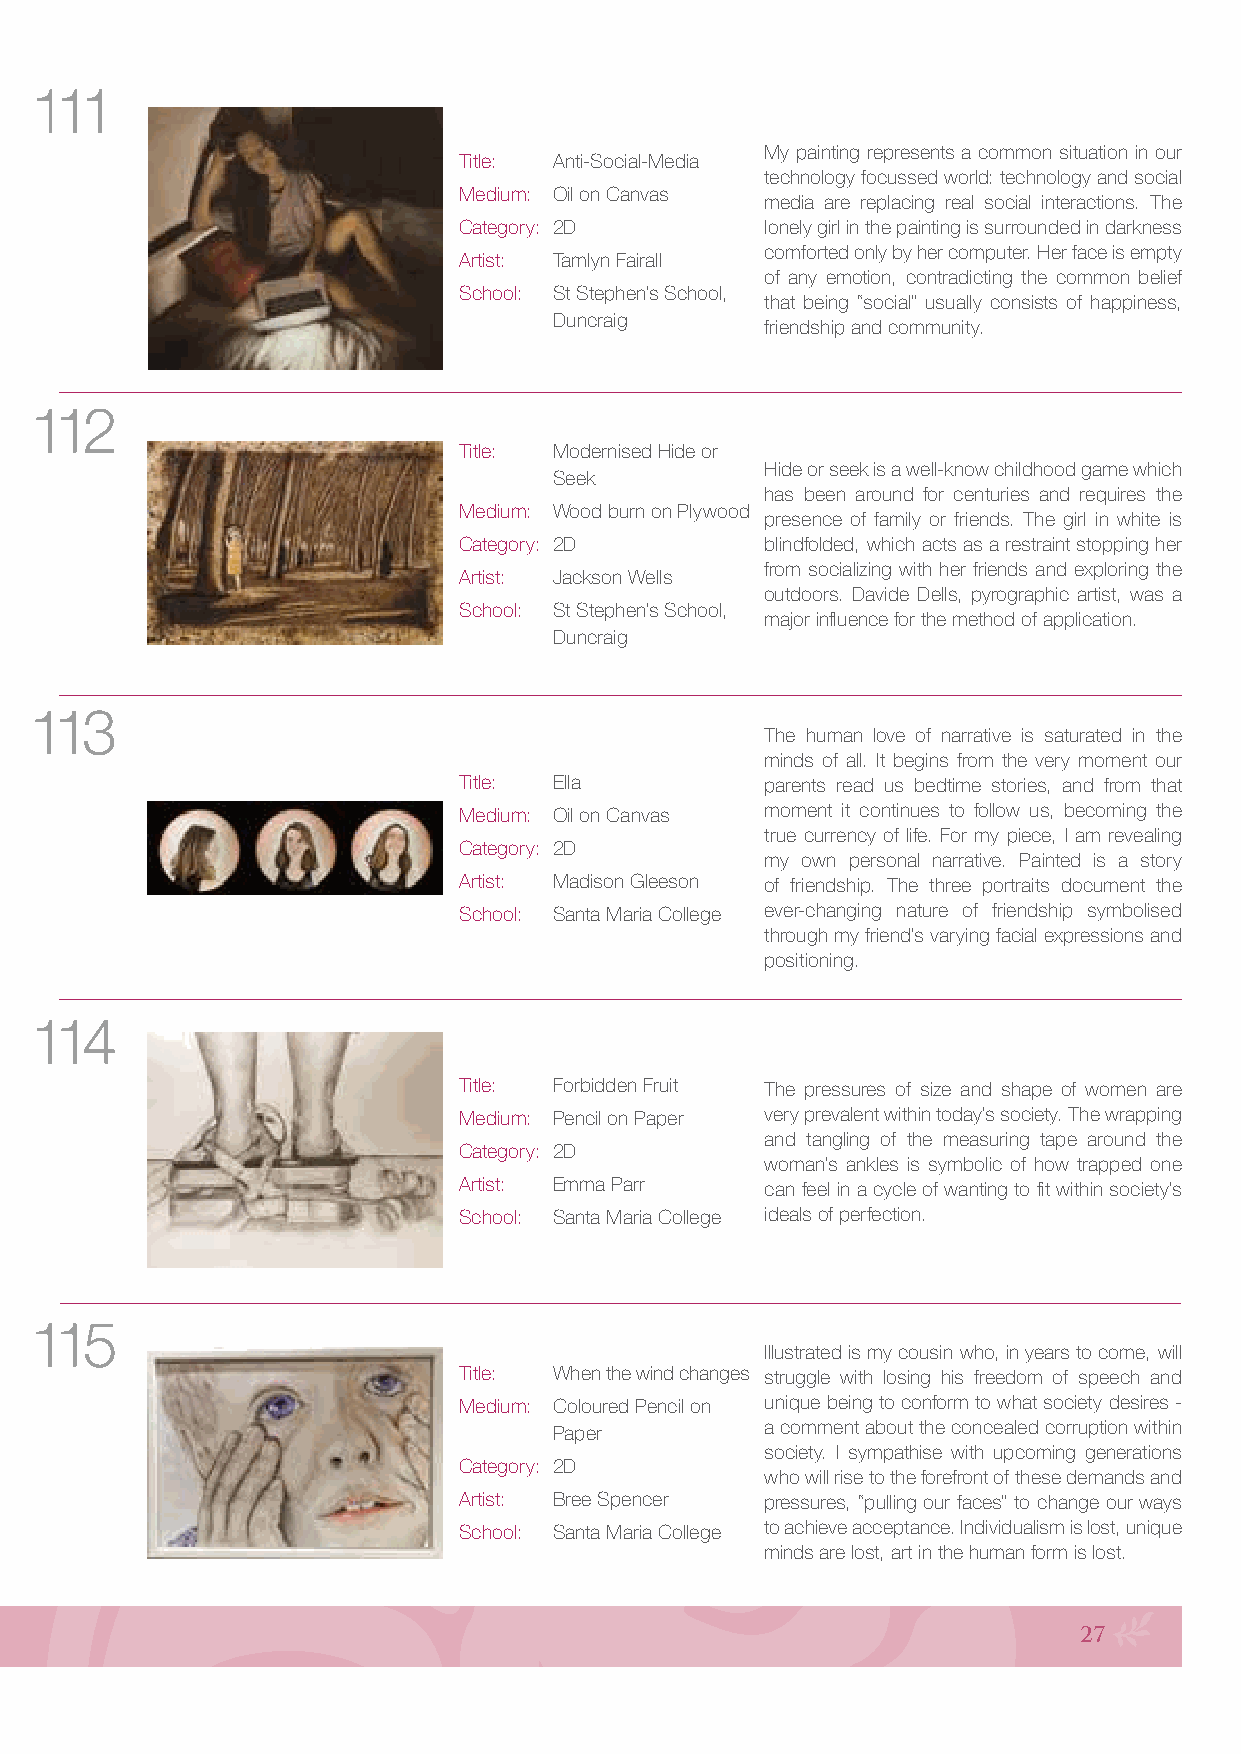
111
 My painting represents a common situation in our
 Title: Anti-Social-Media
 technology focussed world: technology and social
 Medium: Oil on Canvas
 media are replacing real social interactions. The
 Category: 2D         lonely girl in the painting is surrounded in darkness
 comforted only by her computer. Her face is empty
 Artist: Tamlyn Fairall
 of any emotion, contradicting the common belief
 School: St Stephen’s School,
 that being “social” usually consists of happiness,
 Duncraig
 friendship and community.
 112
 Title: Modernised Hide or
 Hide or seek is a well-know childhood game which
 Seek
 has been around for centuries and requires the
 Medium: Wood burn on Plywood
 presence of family or friends. The girl in white is
 Category: 2D         blindfolded, which acts as a restraint stopping her
 from socializing with her friends and exploring the
 Artist: Jackson Wells
 outdoors. Davide Dells, pyrographic artist, was a
 School: St Stephen’s School,
 major influence for the method of application.
 Duncraig
 113
 The human love of narrative is saturated in the
 minds of all. It begins from the very moment our
 Title: Ella          parents read us bedtime stories, and from that
 Medium: Oil on Canvas moment it continues to follow us, becoming the
 true currency of life. For my piece, I am revealing
 Category: 2D
 my own personal narrative. Painted is a story
 Artist: Madison Gleeson of friendship. The three portraits document the
 School: Santa Maria College ever-changing nature of friendship symbolised
 through my friend’s varying facial expressions and
 positioning.
 114
 Title: Forbidden Fruit The pressures of size and shape of women are
 Medium: Pencil on Paper very prevalent within today’s society. The wrapping
 and tangling of the measuring tape around the
 Category: 2D
 woman’s ankles is symbolic of how trapped one
 Artist: Emma Parr    can feel in a cycle of wanting to fit within society’s
 School: Santa Maria College ideals of perfection.
 115
 Illustrated is my cousin who, in years to come, will
 Title: When the wind changes struggle with losing his freedom of speech and
 Medium: Coloured Pencil on unique being to conform to what society desires -
 Paper         a comment about the concealed corruption within
 society. I sympathise with upcoming generations
 Category: 2D
 who will rise to the forefront of these demands and
 Artist: Bree Spencer pressures, “pulling our faces” to change our ways
 School: Santa Maria College to achieve acceptance. Individualism is lost, unique
 minds are lost, art in the human form is lost.
 27